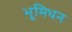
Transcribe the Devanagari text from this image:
भूमिधन